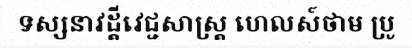
ទស្សនាវដ្តីវេជ្ជសាស្ត្រ ហេលស៍ថាម ប្រូ